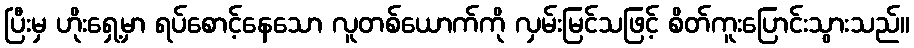
ပြီးမှ ဟိုးရှေ့မှာ ရပ်စောင့်နေသော လူတစ်ယောက်ကို လှမ်းမြင်သဖြင့် စိတ်ကူးပြောင်းသွားသည်။